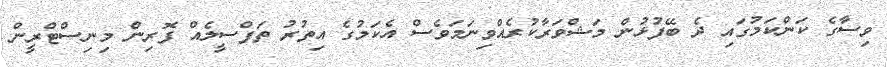
ވިސާގެ ކަންކަމުގައި ދެ ބޭފުޅުން މަޝްވަރާކުރެއްވިނަމަވެސް އެކަމުގެ އިތުރު ތަފްސީލެއް ފޮރިން މިނިސްޓްރީން